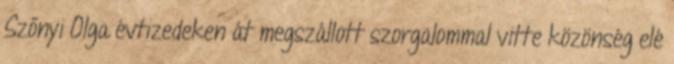
Szőnyi Olga évtizedeken át megszállott szorgalommal vitte közönség elé